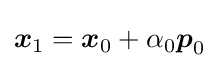
{\boldsymbol {x}}_{1}={\boldsymbol {x}}_{0}+\alpha _{0}{\boldsymbol {p}}_{0}